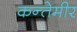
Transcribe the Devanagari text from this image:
कन्तेमीर